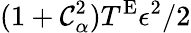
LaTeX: (1+\mathcal{C}_{\alpha}^{2})T^{\textnormal{E}}\epsilon^{2}/2